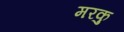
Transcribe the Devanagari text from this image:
मरकु